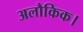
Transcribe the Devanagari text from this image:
अलौकिक।